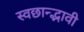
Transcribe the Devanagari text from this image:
स्वछान्द्भावी